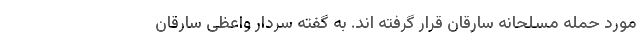
مورد حمله مسلحانه سارقان قرار گرفته اند. به گفته سردار واعظی سارقان